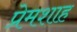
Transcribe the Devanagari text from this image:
प्रेमशाह